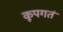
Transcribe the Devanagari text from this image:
कूपगतं